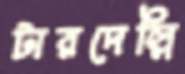
টারদেল্লি